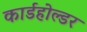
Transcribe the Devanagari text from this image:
कार्डहोल्डर